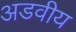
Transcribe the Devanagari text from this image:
अडवीय